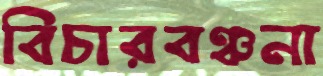
বিচারবঞ্চনা